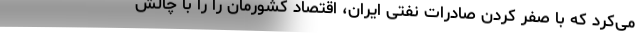
می‌کرد که با صفر کردن صادرات نفتی ایران، اقتصاد کشورمان را را با چالش